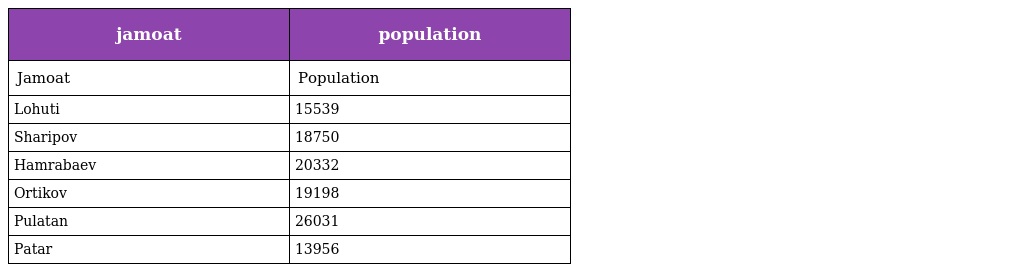
| jamoat | population |
 | --- | --- |
 | Jamoat | Population |
 | Lohuti | 15539 |
 | Sharipov | 18750 |
 | Hamrabaev | 20332 |
 | Ortikov | 19198 |
 | Pulatan | 26031 |
 | Patar | 13956 |